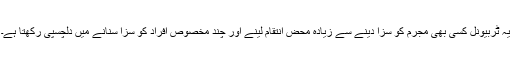
یہ ٹربیونل کسی بھی مجرم کو سزا دینے سے زیادہ محض انتقام لینے اور چند مخصوص افراد کو سزا سنانے میں دلچسپی رکھتا ہے۔